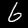
Digit: 6